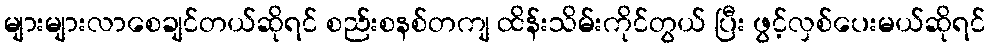
များများလာစေချင်တယ်ဆိုရင် စည်းစနစ်တကျ ထိန်းသိမ်းကိုင်တွယ် ပြီး ဖွင့်လှစ်ပေးမယ်ဆိုရင်